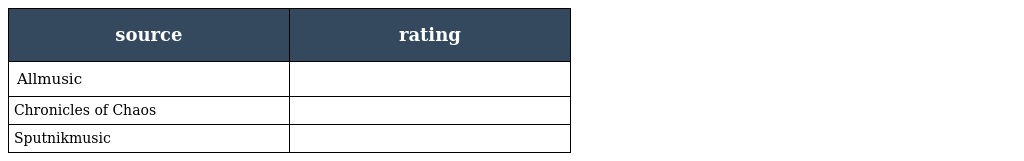
| source | rating |
 | --- | --- |
 | Allmusic |  |
 | Chronicles of Chaos |  |
 | Sputnikmusic |  |